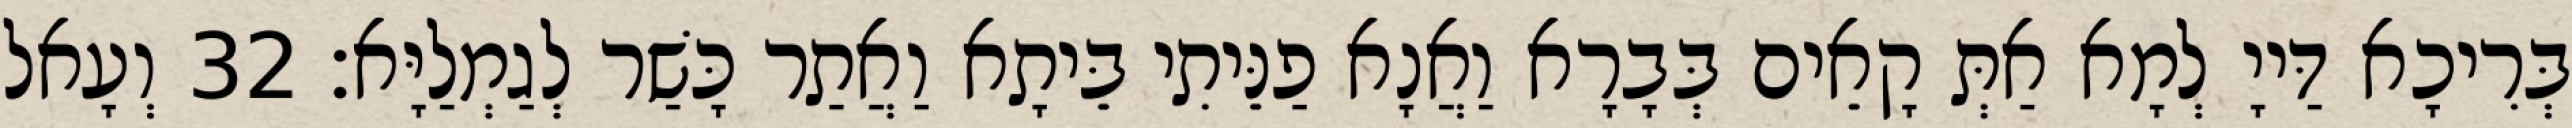
בְּרִיכָא דַּייָ לְמָא אַתְּ קָאֵים בְּבָרָא וַאֲנָא פַנֵּיתִי בֵּיתָא וַאֲתַר כָּשַׁר לְגַמְלַיָּא׃ 32 וְעָאל